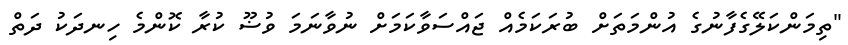
"ތިމަންކަލޭގެފާނުގެ އުންމަތަށް ބުރަކަމެއް ޖައްސަވާކަމަށް ނުވާނަމަ ވުޟޫ ކުރާ ކޮންމެ ހިނދަކު ދަތް